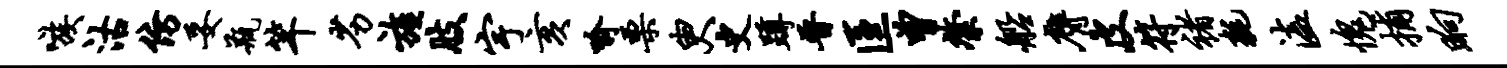
嗾沽仿妥瓶竿劣旌肢宇亥喻栗臾史蹲晋匡曾綮船膺皮符褚耗溘愧捕晌